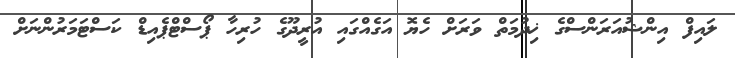
ލައިފް އިންޝުއަރަންސްގެ ޚިދުމަތް ވަރަށް ހެޔޮ އަގެއްގައި އުރީދޫގެ ހުރިހާ ޕޯސްޓްޕެއިޑް ކަސްޓަމަރުންނަށް